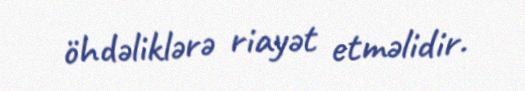
öhdəliklərə riayət etməlidir.